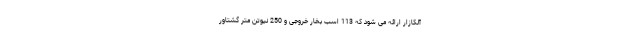
آلکازار ارائه می شود که 113 اسب بخار خروجی و 250 نیوتن متر گشتاور